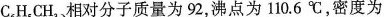
C_{6}H_{5}CH_{3}、相对分子质量为92，沸点为110.6^{\circ}C，密度为